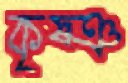
কৃষ্ঞ